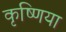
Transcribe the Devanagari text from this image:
कृष्णिया